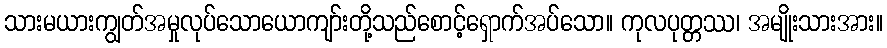
သားမယားကျွတ်အမှုလုပ်သောယောကျာ်းတို့သည်စောင့်ရှောက်အပ်သော။ ကုလပုတ္တဿ၊ အမျိုးသားအား။